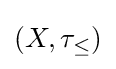
\left(X,\tau _{\leq }\right)